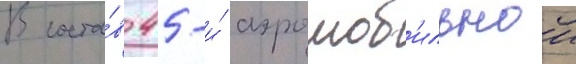
В соста́в 45-и́ аэромоб'ильнои